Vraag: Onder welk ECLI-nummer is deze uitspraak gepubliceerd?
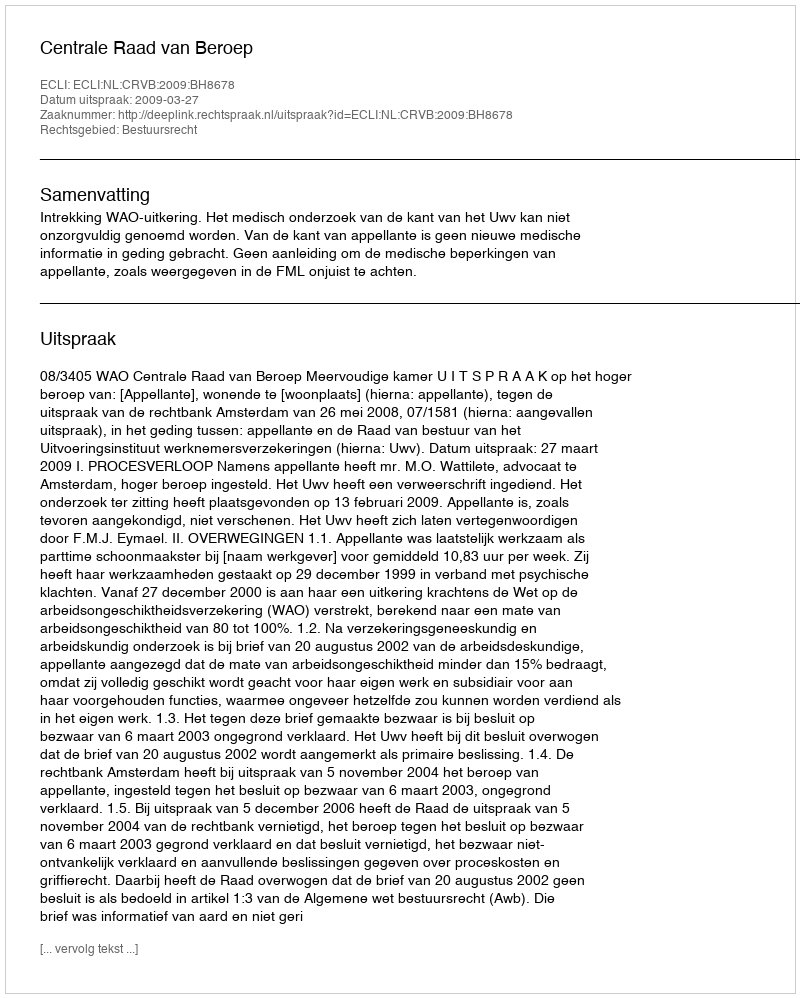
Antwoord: ECLI:NL:CRVB:2009:BH8678